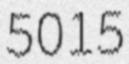
5015